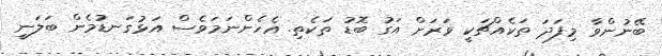
ބޭނުންވާ މިފަދަ ތަކެއްޗަކީ ވަރަށް އަގު ބޮޑު ތަކެތި. އެހެންނަމަވެސް އަޅުގަނޑުމެން ބަލަނީ